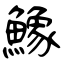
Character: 鱌